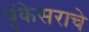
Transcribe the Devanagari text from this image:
पुंकेसराचे